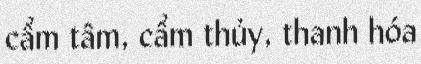
cẩm tâm, cẩm thủy, thanh hóa